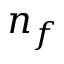
n _ { f }